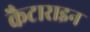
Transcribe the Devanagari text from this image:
कैटाराइन